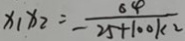
x _ { 1 } x _ { 2 } = \frac { 6 4 } { 2 5 + 1 0 0 k 2 }